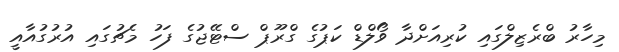
މިހާރު ބްރެޒިލްގައި ކުރިއަށްދާ ވޯލްޑް ކަޕުގެ ގްރޫޕް ސްޓޭޖުގެ ފަހު މެޗުގައި އުރުގުއާއީ